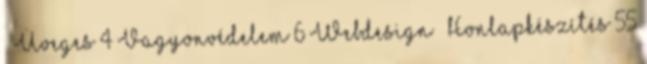
– Üveges 4 Vagyonvédelem 6 Webdesign – Honlapkészítés 55